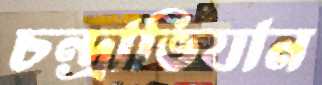
চন্দ্রাভিযান